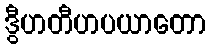
ဒွီဟတီဟပယာတော